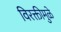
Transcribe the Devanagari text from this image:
विरक्तीमुळे